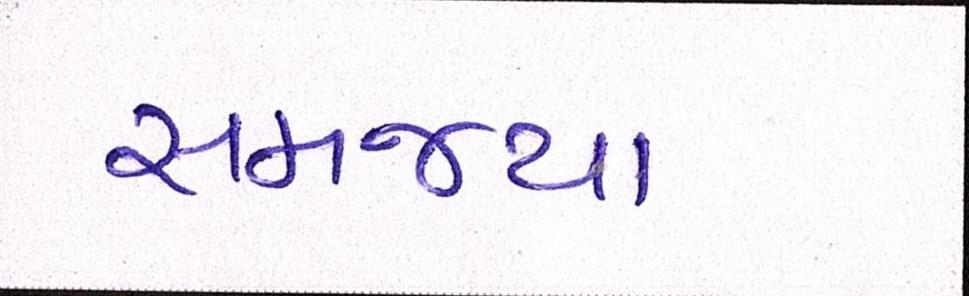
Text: સમજ્યા